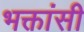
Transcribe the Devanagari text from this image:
भक्तांसी